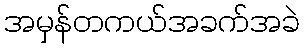
အမှန်တကယ်အခက်အခဲ